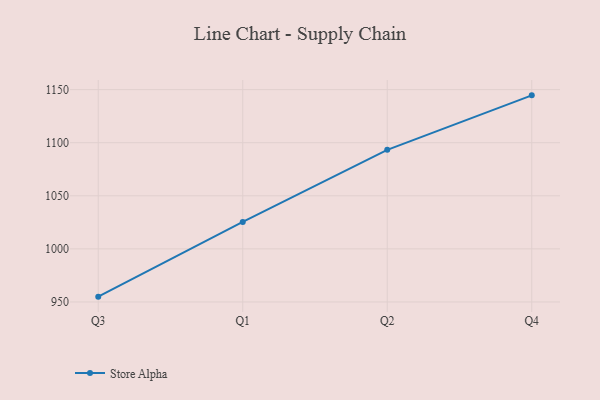
{"axis": {"x": "Quarter", "y": "Bounce Rate (%)"}, "legend": ["Store Alpha"], "data": [{"x": "Q3", "y": 955.0, "type": "Store Alpha"}, {"x": "Q1", "y": 1025.4, "type": "Store Alpha"}, {"x": "Q2", "y": 1093.3, "type": "Store Alpha"}, {"x": "Q4", "y": 1144.6, "type": "Store Alpha"}]}